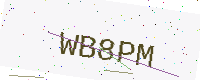
Text: WB8PM